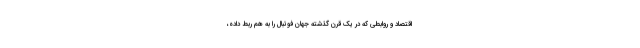
اقتصاد و روابطی که در یک قرن گذشته جهان فوتبال را به هم ربط داده،